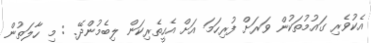
އެކުވެރި ގައުމުތަކުން ވަރަށް ފުރިހަމަ އަށް އެހީތެރިކަން ލިބެމުންދޭ. : މި ހާލަތުން